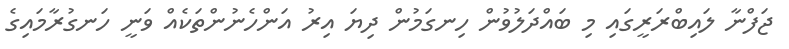
ޖަފްނާ ލައިބްރަރީގައި މި ބައްދަލުވުން ހިނގަމުން ދިޔަ އިރު އަންހެނުންތަކެއް ވަނީ ހަނގުރާމައިގެ